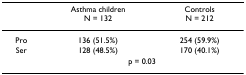
<table><thead><tr><td></td><td><b>Asthma childrenN = 132</b></td><td><b>ControlsN = 212</b></td></tr></thead><tbody><tr><td>Pro</td><td>136 (51.5%)</td><td>254 (59.9%)</td></tr><tr><td>Ser</td><td>128 (48.5%)</td><td>170 (40.1%)</td></tr><tr><td></td><td colspan="2">p = 0.03</td></tr></tbody></table>